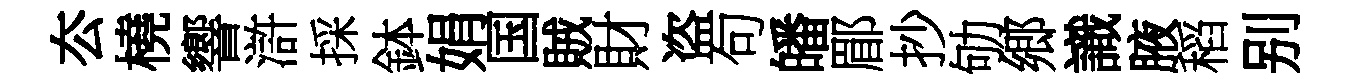
厺橈響滸採鉢娟国賊財盗句皤郿抄劬郷識腋稻别